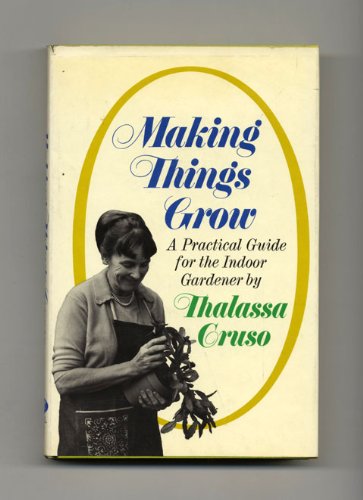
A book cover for Making Things Grow: A Practical Guide For The Indoor Gardener - 1st Edition/1st Printing; Thalassa Cruso; Crafts, Hobbies & Home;